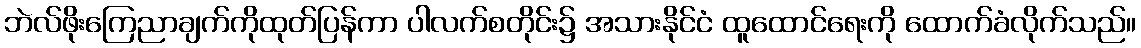
ဘဲလ်ဖိုးကြေညာချက်ကိုထုတ်ပြန်ကာ ပါလက်စတိုင်း၌ အသားနိုင်ငံ ထူထောင်ရေးကို ထောက်ခံလိုက်သည်။